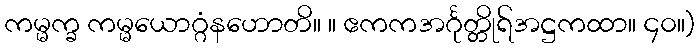
ကမ္မက္ခ ကမ္မယောဂ္ဂံနဟောတိ။ ။ ဧကကအင်္ဂုတ္တိုရ်အဋ္ဌကထာ။ ၄၀။)